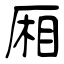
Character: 厢